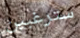
سترغبين